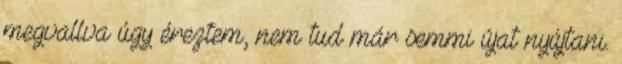
megvallva úgy éreztem, nem tud már semmi újat nyújtani.